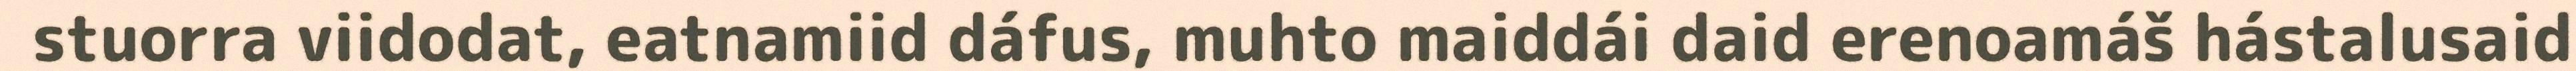
stuorra viidodat, eatnamiid dáfus, muhto maiddái daid erenoamáš hástalusaid